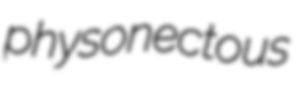
physonectous